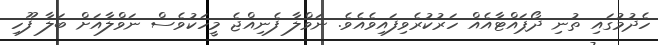
ހެދުމުގައި ތުނި ދޯޕައްޓާއެއް ހަރުކުރެވިފައިވެއެވެ. ނަވްލާ ފެނިއްޖެ މީހަކުވެސް ނަވްލާއަށް ބަލާ ފޫހި